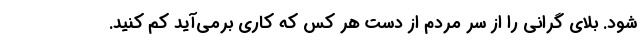
شود. بلای گرانی را از سر مردم از دست هر کس که کاری برمی‌آید کم کنید.